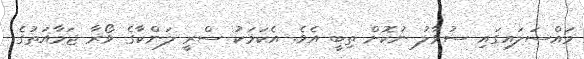
މައްސަލައިގައި ސުވާލު ނުކޮށް ތިބީ އެވެ. އެކަމަކު ސްރީ ލަންކާގެ ވޯރާ ޖަމާއަތުގެ